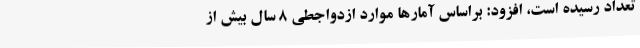
تعداد رسیده است، افزود: براساس آمارها موارد ازدواجطی 8 سال بیش از